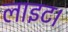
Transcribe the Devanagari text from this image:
लाइट।